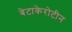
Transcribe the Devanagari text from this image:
बेटाकेरोटीन